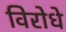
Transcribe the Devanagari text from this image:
विरोधे